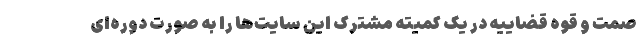
صمت و قوه قضاییه در یک کمیته مشترک این سایت‌ها را به صورت دوره‌ای